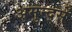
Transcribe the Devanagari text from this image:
अमुन्द्सें